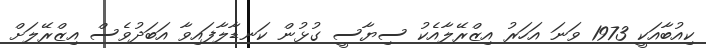
ކިއުބާއަކީ 1973 ވަނަ އަހަރު އިޒްރޭލާއެކު ސިޔާސީ ގުޅުން ކަނޑާލާފައިވާ އަބަދުވެސް އިޒްރޭލަށް